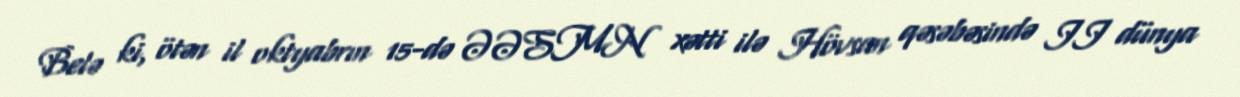
Belə ki, ötən il oktyabrın 15-də ƏƏSMN xətti ilə Hövsan qəsəbəsində II dünya